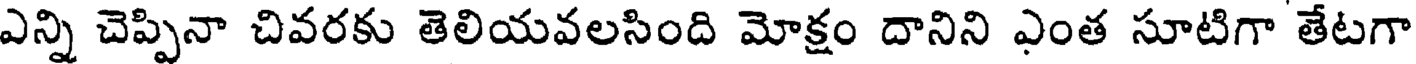
ఎన్ని చెప్పినా చివరకు తెలియవలసింది మోక్షం దానిని ఎంత సూటిగా తేటగా